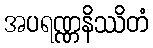
အပရဏ္ဏနိဿိတံ